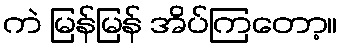
ကဲ မြန်မြန် အိပ်ကြတော့။